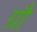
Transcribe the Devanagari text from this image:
ग्रौ